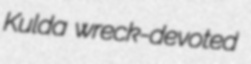
Kulda wreck-devoted